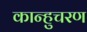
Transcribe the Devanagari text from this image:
कान्हुचरण